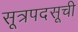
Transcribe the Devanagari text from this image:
सूत्रपदसूची